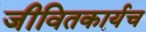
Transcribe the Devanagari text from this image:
जीवितकार्यच